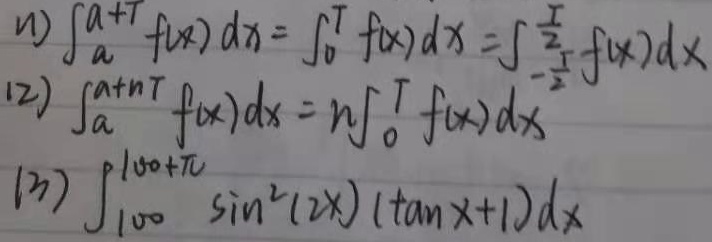
(1) \(\int_{a}^{a + T} f(x)dx=\int_{0}^{T} f(x)dx=\int_{-\frac{T}{2}}^{\frac{T}{2}} f(x)dx\)
(2) \(\int_{a}^{a + nT} f(x)dx=n\int_{0}^{T} f(x)dx\)
(3) \(\int_{100}^{100+\pi} \sin^{2}(2x)(\tan x + 1)dx\)